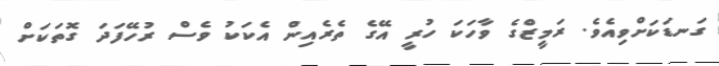
ގަނޑަކަށްވިއެވެ. ރަމީޒްގެ ވާހަކަ ހުރީ އޭގެ ތެރެއިން އެކަކު ވެސް ރުހޭފަދަ ގޮތަކަށް